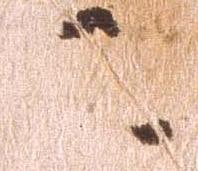
又